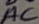
Text: AC